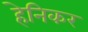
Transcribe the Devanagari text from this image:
हेनिकर